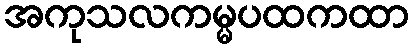
အကုသလကမ္မပထကထာ